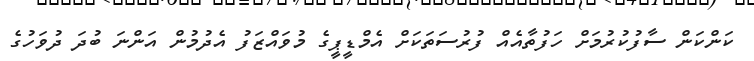
ކަންކަން ސާފުކުރުމަށް ހަފުތާއެއް ފުރުސަތަކަށް އެމްޑީޕީގެ މުވައްޒަފު އެދުމުން އަންނަ ބުދަ ދުވަހުގެ